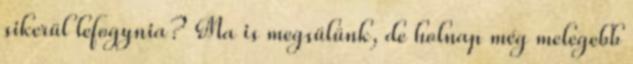
sikerül lefogynia? Ma is megsülünk, de holnap még melegebb